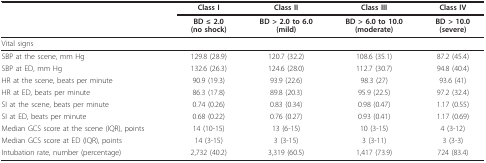
|  | Class I | Class II | Class III | Class IV |
 |  | BD ≤ 2.0(no shock) | BD > 2.0 to 6.0(mild) | BD > 6.0 to 10.0(moderate) | BD > 10.0(severe) |
 | --- | --- | --- | --- | --- |
 | Vital signs |  |  |  |  |
 | SBP at the scene, mm Hg | 129.8 (28.9) | 120.7 (32.2) | 108.6 (35.1) | 87.2 (45.4) |
 | SBP at ED, mm Hg | 132.6 (26.3) | 124.6 (28.0) | 112.7 (30.7) | 94.8 (40.4) |
 | HR at the scene, beats per minute | 90.9 (19.3) | 93.9 (22.6) | 98.3 (27) | 93.6 (41) |
 | HR at ED, beats per minute | 86.3 (17.8) | 89.8 (20.3) | 95.9 (22.5) | 97.2 (32.4) |
 | SI at the scene, beats per minute | 0.74 (0.26) | 0.83 (0.34) | 0.98 (0.47) | 1.17 (0.55) |
 | SI at ED, beats per minute | 0.68 (0.22) | 0.76 (0.27) | 0.93 (0.41) | 1.17 (0.69) |
 | Median GCS score at the scene (IQR), points | 14 (10-15) | 13 (6-15) | 10 (3-15) | 4 (3-12) |
 | Median GCS score at ED (IQR), points | 14 (3-15) | 3 (3-15) | 3 (3-11) | 3 (3-3) |
 | Intubation rate, number (percentage) | 2,732 (40.2) | 3,319 (60.5) | 1,417 (73.9) | 724 (83.4) |